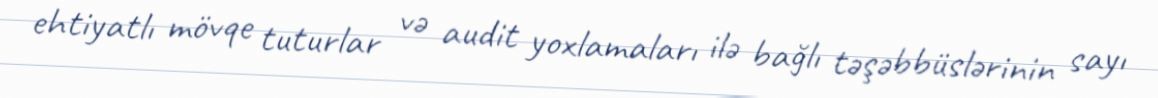
ehtiyatlı mövqe tuturlar və audit yoxlamaları ilə bağlı təşəbbüslərinin sayı